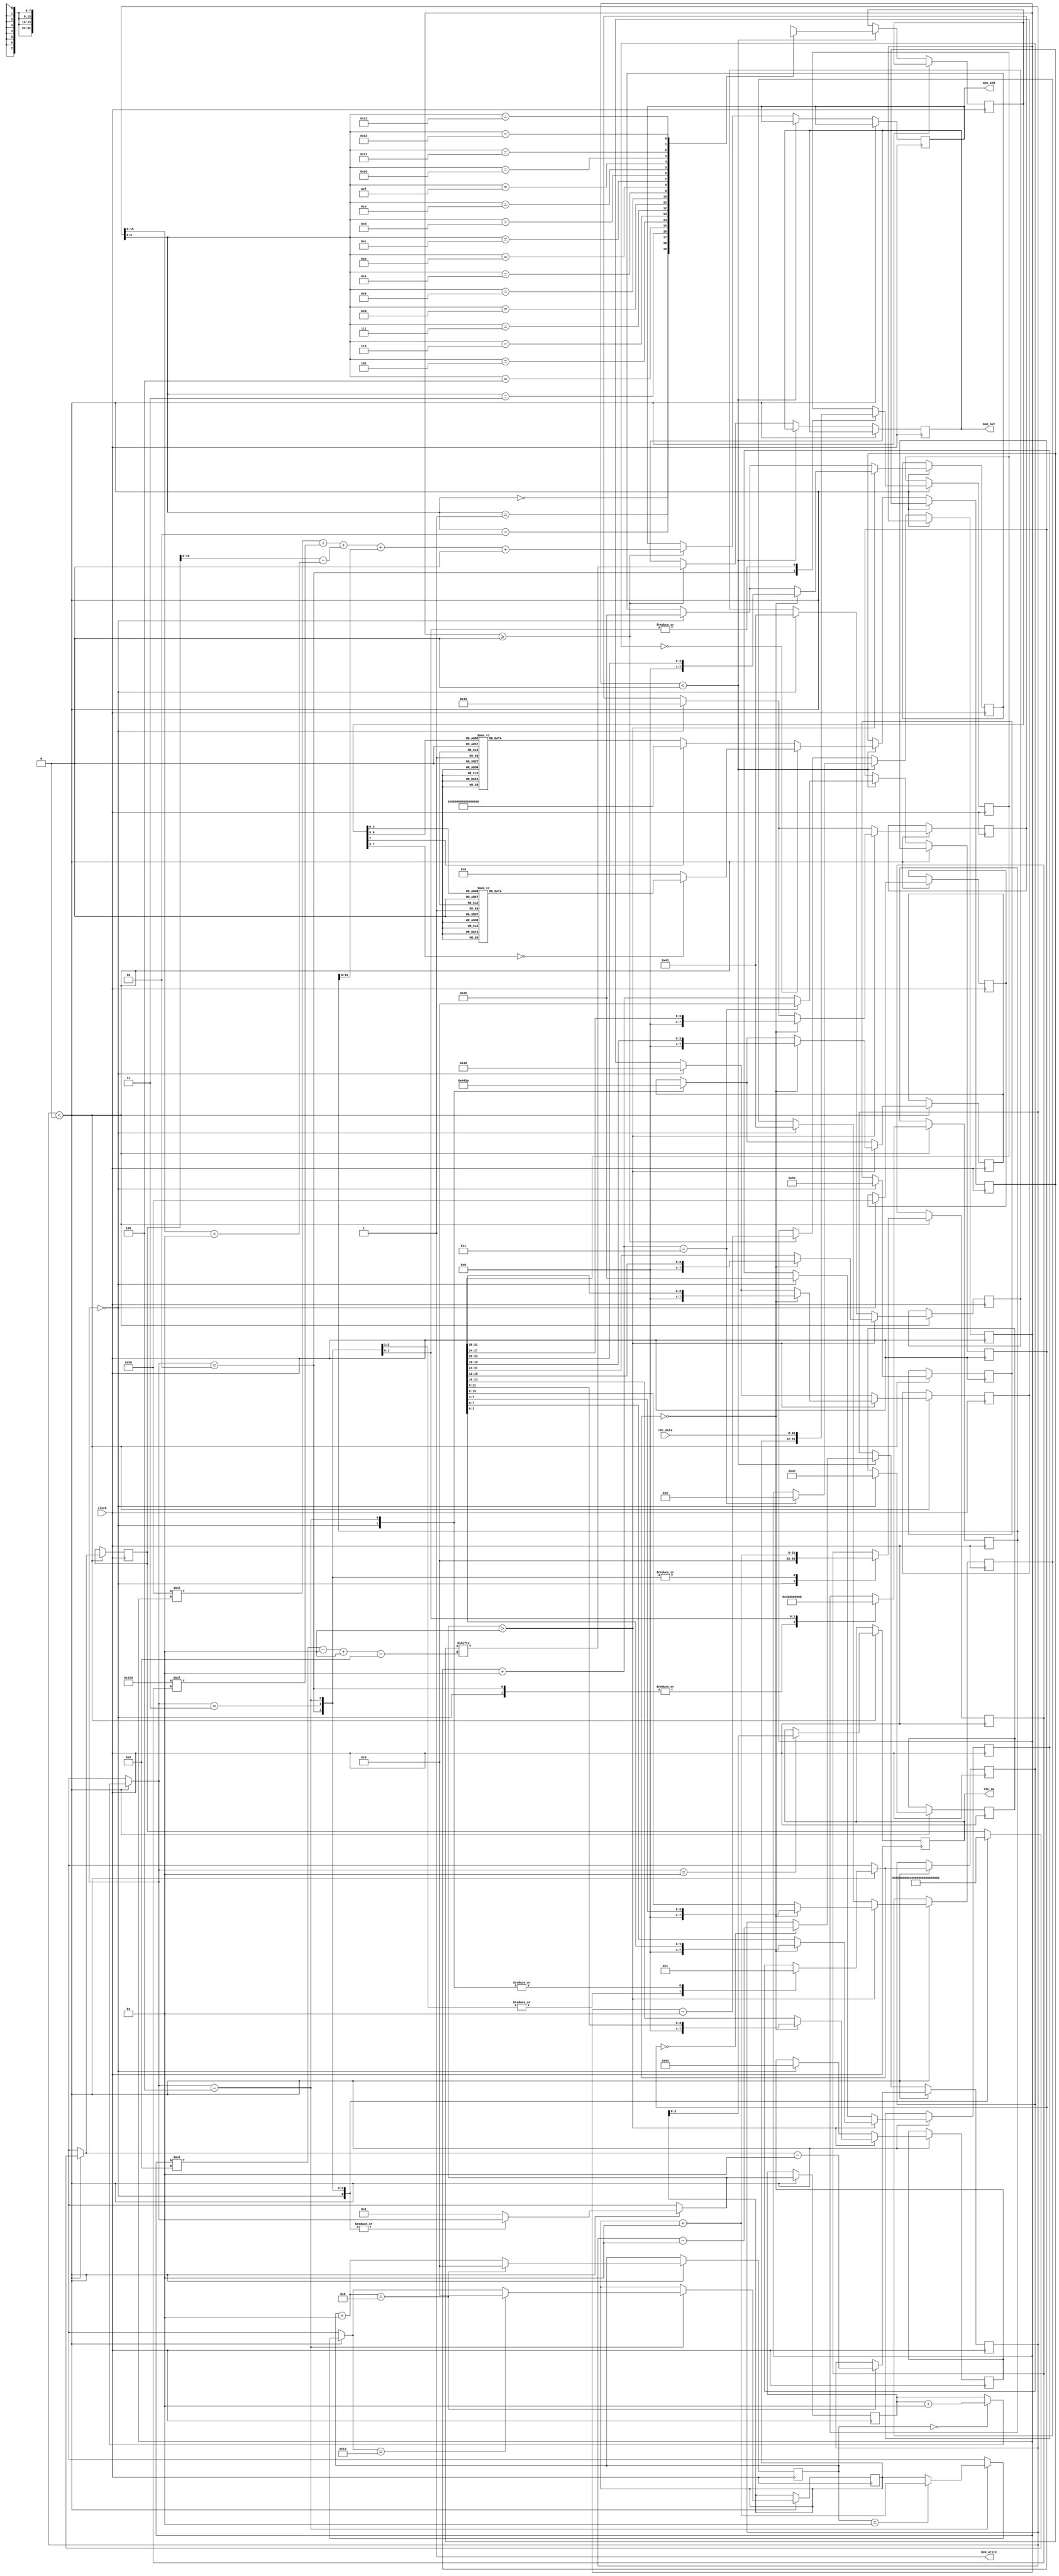
module char_engine(
	input wire clock,
	
	output reg [0:7] mem_out, //if everything is backwards, swap the bit order on this output and recompile!
	output reg [15:0] mem_add,
	output mem_write,
	
	input wire [31:0] rmc_data,
	output reg [3:0] rmc_sw);
	
	assign mem_write = 1;
	
	reg [7:0] hex_digit;
	reg [31:0] data;
	reg [7:0] hex_buffer[0:(MAX_STRING_LENGTH - 1)];
	reg [63:0] mem_buffer;
	
	parameter HORI_OFFSET = 0; //sets the horizontal offset of the memory renderer, only use if the top of the screen gets cut off.
	parameter NUM_LABEL_TASKS = 1; // This tells the code where to start tasks that require data manipulation, this must be set as you add more labels, debug tasks must be part of this number
	parameter MAX_STRING_LENGTH = 20; //Generally you do not need to modify this, but it will change the global maximum string length (default = 20)
	
	
	integer mode, data_index, reg_index, row, column, slice_delay, decode_delay, num_chars, k, x, y;
	
	//mode integer
	//mode = 0 use hex decoder
	//mode = 1 use ascii decoder
	
	initial begin
	slice_delay = 0; //initial values for the character renderer
	decode_delay = 0;
	x = 0;
	y = -1;
	data_index = -1;
	reg_index = 0;
	end
	
	always @(posedge clock) begin //semi-pipelined design, only executes one if statement per clock
				
		if (x < 0) begin //source and slice steps
			if (slice_delay == 0) data_index = data_index + 1;
			source_data();
			if (data_index > NUM_LABEL_TASKS) 
				
				if (mode == 0) hex_slice_data(); //slice data into properly sized chunks depending on data type
				else ascii_slice_data();

			slice_delay = slice_delay + 1;
			if (slice_delay == 2) begin
				x = num_chars - 1;
				slice_delay = 0;
			end
		end
		
		else if (y < 0) begin //decode steps
			hex_digit <= hex_buffer[x];
			if (decode_delay == 0) begin
				x = x - 1;
			end
			
			if (mode == 0) decode_hex(); //decode either hex or ascii
			else decode_ascii();
			
			decode_delay = decode_delay + 1;
			if (decode_delay == 3) begin
				y = 8;
				decode_delay = 0;
			end
		end
		
		else if (y >= 0) begin //this step writes to memory
			k = (y * 8) - 1;
			mem_add <= (80 * y) + (800 * row) + (num_chars - (x + 1)) + (column) + (HORI_OFFSET * 80); //this complicated formula tranlates information into a linear address
			mem_out <= mem_buffer[k -: 8];
			y = y - 1;
		end
	end
	
	task source_data; //This part of the module is the main task list for the renderer, it can be utilized in a variety of ways to render information.
							//this code requests the data from memory to be printed on screen
		if (data_index == NUM_LABEL_TASKS) rmc_sw <= reg_index;
		
		case (data_index)
		//in the case of text labels, the hex_buffer is set manually for each character, and the data is only written to memory once.
			
			0: begin //"GPRMC DATA" label
					hex_buffer[10] <= 8'h47;
					hex_buffer[9] <= 8'h50;
					hex_buffer[8] <= 8'h52;
					hex_buffer[7] <= 8'h4d;
					hex_buffer[6] <= 8'h43;
					hex_buffer[5] <= 8'h20;
					hex_buffer[4] <= 8'h44;
					hex_buffer[3] <= 8'h41;
					hex_buffer[2] <= 8'h54;
					hex_buffer[1] <= 8'h41;
					hex_buffer[0] <= 8'h20;
					
					mode = 1;
					row = 0;
					column = 0;
					num_chars = 11;
				end
								
			(NUM_LABEL_TASKS + 1): begin //rmc_mem indexes 00-15
					data <= reg_index;
					column = 0;
					row = reg_index + 1;
					num_chars = 2;
					mode = 0;
				end
			
			(NUM_LABEL_TASKS + 2): begin //rmc_memory data hex display
					data <= rmc_data; 
					column = 3;
					row = reg_index + 1;
					num_chars = 8;
					mode = 0;
				end
				
			(NUM_LABEL_TASKS + 3): begin //rmc_memory data ascii display
					data <= rmc_data; 
					column = 11;
					row = reg_index + 1;
					num_chars = 5;
					hex_buffer[4] <= 8'h3A;
					mode = 1;
					
					if (slice_delay == 1) reg_index = reg_index + 1;
					if (reg_index == 16) begin //this resets the register index variable to zero once it reaches 16
						reg_index = 0;
					end
				end
				
			default: data_index = NUM_LABEL_TASKS;
		endcase
	endtask
	
	task hex_slice_data; //I tried other ways of doing this, but the straightforward approach works better.
		hex_buffer[7] <= data[31:28];
		hex_buffer[6] <= data[27:24];
		hex_buffer[5] <= data[23:20];
		hex_buffer[4] <= data[19:16];
		hex_buffer[3] <= data[15:12];
		hex_buffer[2] <= data[11:8];
		hex_buffer[1] <= data[7:4];
		hex_buffer[0] <= data[3:0];
	endtask
	
	task ascii_slice_data; //I tried other ways of doing this, but the straightforward approach works better.
		hex_buffer[3] <= data[31:24];
		hex_buffer[2] <= data[23:16];
		hex_buffer[1] <= data[15:8];
		hex_buffer[0] <= data[7:0];
	endtask
	
	task decode_ascii;
		case (hex_digit)
			
			8'h20: begin //space
					mem_buffer[7:0] <=   8'b00000000;
					mem_buffer[15:8] <=  8'b00000000;
					mem_buffer[23:16] <= 8'b00000000;
					mem_buffer[31:24] <= 8'b00000000;
					mem_buffer[39:32] <= 8'b00000000;
					mem_buffer[47:40] <= 8'b00000000;
					mem_buffer[55:48] <= 8'b00000000;
					mem_buffer[63:56] <= 8'b00000000;
					end
					
			8'h21: begin //!
					mem_buffer[7:0] <=   8'b00000000;
					mem_buffer[15:8] <=  8'b00011000;
					mem_buffer[23:16] <= 8'b00011000;
					mem_buffer[31:24] <= 8'b00011000;
					mem_buffer[39:32] <= 8'b00000000;
					mem_buffer[47:40] <= 8'b00000000;
					mem_buffer[55:48] <= 8'b00011000;
					mem_buffer[63:56] <= 8'b00000000;
					end
			
			8'h22: begin //"
					mem_buffer[7:0] <=   8'b00000000;
					mem_buffer[15:8] <=  8'b01100110;
					mem_buffer[23:16] <= 8'b01100110;
					mem_buffer[31:24] <= 8'b00100010;
					mem_buffer[39:32] <= 8'b00000000;
					mem_buffer[47:40] <= 8'b00000000;
					mem_buffer[55:48] <= 8'b00000000;
					mem_buffer[63:56] <= 8'b00000000;
					end
			
			8'h23: begin //#
					mem_buffer[7:0] <=   8'b00000000;
					mem_buffer[15:8] <=  8'b00100100;
					mem_buffer[23:16] <= 8'b01111110;
					mem_buffer[31:24] <= 8'b00100100;
					mem_buffer[39:32] <= 8'b00100100;
					mem_buffer[47:40] <= 8'b01111110;
					mem_buffer[55:48] <= 8'b00100100;
					mem_buffer[63:56] <= 8'b00000000;
					end
					
			8'h24: begin //$
					mem_buffer[7:0] <=   8'b00011000;
					mem_buffer[15:8] <=  8'b00111100;
					mem_buffer[23:16] <= 8'b01000000;
					mem_buffer[31:24] <= 8'b00111100;
					mem_buffer[39:32] <= 8'b00000010;
					mem_buffer[47:40] <= 8'b00000010;
					mem_buffer[55:48] <= 8'b00111100;
					mem_buffer[63:56] <= 8'b00011000;
					end
					
			8'h25: begin //%
					mem_buffer[7:0] <=   8'b00000000;
					mem_buffer[15:8] <=  8'b01100010;
					mem_buffer[23:16] <= 8'b01100100;
					mem_buffer[31:24] <= 8'b00001000;
					mem_buffer[39:32] <= 8'b00010000;
					mem_buffer[47:40] <= 8'b00100110;
					mem_buffer[55:48] <= 8'b01000110;
					mem_buffer[63:56] <= 8'b00000000;
					end
					
			8'h2C: begin //,
					mem_buffer[7:0] <=   8'b00000000;
					mem_buffer[15:8] <=  8'b00000000;
					mem_buffer[23:16] <= 8'b00000000;
					mem_buffer[31:24] <= 8'b00000000;
					mem_buffer[39:32] <= 8'b00000000;
					mem_buffer[47:40] <= 8'b00110000;
					mem_buffer[55:48] <= 8'b01100000;
					mem_buffer[63:56] <= 8'b01000000;
					end
					
			8'h2E: begin //.
					mem_buffer[7:0] <=   8'b00000000;
					mem_buffer[15:8] <=  8'b00000000;
					mem_buffer[23:16] <= 8'b00000000;
					mem_buffer[31:24] <= 8'b00000000;
					mem_buffer[39:32] <= 8'b00000000;
					mem_buffer[47:40] <= 8'b00000000;
					mem_buffer[55:48] <= 8'b11000000;
					mem_buffer[63:56] <= 8'b11000000;
					end
		
			8'h30: begin //zero
					mem_buffer[7:0] <=   8'b00111100;
					mem_buffer[15:8] <=  8'b01000010;
					mem_buffer[23:16] <= 8'b01000010;
					mem_buffer[31:24] <= 8'b01000010;
					mem_buffer[39:32] <= 8'b01000010;
					mem_buffer[47:40] <= 8'b01000010;
					mem_buffer[55:48] <= 8'b01000010;
					mem_buffer[63:56] <= 8'b00111100;
					end
			
			8'h31: begin //one
					mem_buffer[7:0] <=   8'b00011000;
					mem_buffer[15:8] <=  8'b00111000;
					mem_buffer[23:16] <= 8'b01111000;
					mem_buffer[31:24] <= 8'b00011000;
					mem_buffer[39:32] <= 8'b00011000;
					mem_buffer[47:40] <= 8'b00011000;
					mem_buffer[55:48] <= 8'b00011000;
					mem_buffer[63:56] <= 8'b01111110;
					end
			
			8'h32: begin //two
					mem_buffer[7:0] <=   8'b00111100;
					mem_buffer[15:8] <=  8'b01100110;
					mem_buffer[23:16] <= 8'b01100110;
					mem_buffer[31:24] <= 8'b00001100;
					mem_buffer[39:32] <= 8'b00011000;
					mem_buffer[47:40] <= 8'b00110000;
					mem_buffer[55:48] <= 8'b01100000;
					mem_buffer[63:56] <= 8'b01111110;
					end
					
			8'h33: begin //three
					mem_buffer[7:0] <=   8'b01111100;
					mem_buffer[15:8] <=  8'b00000110;
					mem_buffer[23:16] <= 8'b00000110;
					mem_buffer[31:24] <= 8'b01111100;
					mem_buffer[39:32] <= 8'b00000110;
					mem_buffer[47:40] <= 8'b00000110;
					mem_buffer[55:48] <= 8'b00000110;
					mem_buffer[63:56] <= 8'b01111100;
					end
				
			8'h34: begin //four
					mem_buffer[7:0] <=   8'b00001110;
					mem_buffer[15:8] <=  8'b00010110;
					mem_buffer[23:16] <= 8'b00100110;
					mem_buffer[31:24] <= 8'b01000110;
					mem_buffer[39:32] <= 8'b01000110;
					mem_buffer[47:40] <= 8'b01111110;
					mem_buffer[55:48] <= 8'b00000110;
					mem_buffer[63:56] <= 8'b00000110;
					end
					
			8'h35: begin //five
					mem_buffer[7:0] <=   8'b01111110;
					mem_buffer[15:8] <=  8'b01100000;
					mem_buffer[23:16] <= 8'b01100000;
					mem_buffer[31:24] <= 8'b01111000;
					mem_buffer[39:32] <= 8'b00001100;
					mem_buffer[47:40] <= 8'b00000110;
					mem_buffer[55:48] <= 8'b00001100;
					mem_buffer[63:56] <= 8'b01111000;
					end
					
			8'h36: begin //six
					mem_buffer[7:0] <=   8'b00111100;
					mem_buffer[15:8] <=  8'b01000000;
					mem_buffer[23:16] <= 8'b01000000;
					mem_buffer[31:24] <= 8'b01111100;
					mem_buffer[39:32] <= 8'b01000010;
					mem_buffer[47:40] <= 8'b01000010;
					mem_buffer[55:48] <= 8'b01000010;
					mem_buffer[63:56] <= 8'b00111100;
					end
					
			8'h37: begin //seven
					mem_buffer[7:0] <=   8'b01111110;
					mem_buffer[15:8] <=  8'b00000110;
					mem_buffer[23:16] <= 8'b00000110;
					mem_buffer[31:24] <= 8'b00000110;
					mem_buffer[39:32] <= 8'b00001100;
					mem_buffer[47:40] <= 8'b00011000;
					mem_buffer[55:48] <= 8'b00110000;
					mem_buffer[63:56] <= 8'b01100000;
					end
					
			8'h38: begin //eight
					mem_buffer[7:0] <=   8'b00111100;
					mem_buffer[15:8] <=  8'b01000010;
					mem_buffer[23:16] <= 8'b01000010;
					mem_buffer[31:24] <= 8'b00111100;
					mem_buffer[39:32] <= 8'b01000010;
					mem_buffer[47:40] <= 8'b01000010;
					mem_buffer[55:48] <= 8'b01000010;
					mem_buffer[63:56] <= 8'b00111100;
					end
					
			8'h39: begin //nine
					mem_buffer[7:0] <=   8'b00111100;
					mem_buffer[15:8] <=  8'b01000110;
					mem_buffer[23:16] <= 8'b01000110;
					mem_buffer[31:24] <= 8'b01000110;
					mem_buffer[39:32] <= 8'b00111110;
					mem_buffer[47:40] <= 8'b00000110;
					mem_buffer[55:48] <= 8'b00000110;
					mem_buffer[63:56] <= 8'b00000110;
					end
					
			8'h3A: begin //:
					mem_buffer[7:0] <=   8'b00000000;
					mem_buffer[15:8] <=  8'b00011000;
					mem_buffer[23:16] <= 8'b00011000;
					mem_buffer[31:24] <= 8'b00000000;
					mem_buffer[39:32] <= 8'b00000000;
					mem_buffer[47:40] <= 8'b00011000;
					mem_buffer[55:48] <= 8'b00011000;
					mem_buffer[63:56] <= 8'b00000000;
					end
					
			8'h41: begin //A
					mem_buffer[7:0] <=   8'b00111100;
					mem_buffer[15:8] <=  8'b01000010;
					mem_buffer[23:16] <= 8'b01000010;
					mem_buffer[31:24] <= 8'b01000010;
					mem_buffer[39:32] <= 8'b01111110;
					mem_buffer[47:40] <= 8'b01000010;
					mem_buffer[55:48] <= 8'b01000010;
					mem_buffer[63:56] <= 8'b01000010;
					end
					
			8'h42: begin //B
					mem_buffer[7:0] <=   8'b01111100;
					mem_buffer[15:8] <=  8'b01000010;
					mem_buffer[23:16] <= 8'b01000110;
					mem_buffer[31:24] <= 8'b01111100;
					mem_buffer[39:32] <= 8'b01000110;
					mem_buffer[47:40] <= 8'b01000010;
					mem_buffer[55:48] <= 8'b01000010;
					mem_buffer[63:56] <= 8'b01111100;
					end
					
			8'h43: begin //C
					mem_buffer[7:0] <=   8'b00111110;
					mem_buffer[15:8] <=  8'b01100000;
					mem_buffer[23:16] <= 8'b01100000;
					mem_buffer[31:24] <= 8'b01100000;
					mem_buffer[39:32] <= 8'b01100000;
					mem_buffer[47:40] <= 8'b01100000;
					mem_buffer[55:48] <= 8'b01100000;
					mem_buffer[63:56] <= 8'b00111110;
					end
					
			8'h44: begin //D
					mem_buffer[7:0] <=   8'b01111100;
					mem_buffer[15:8] <=  8'b01100010;
					mem_buffer[23:16] <= 8'b01100010;
					mem_buffer[31:24] <= 8'b01100010;
					mem_buffer[39:32] <= 8'b01100010;
					mem_buffer[47:40] <= 8'b01100010;
					mem_buffer[55:48] <= 8'b01100010;
					mem_buffer[63:56] <= 8'b01111100;
					end
					
			8'h45: begin //E
					mem_buffer[7:0] <=   8'b00111110;
					mem_buffer[15:8] <=  8'b01100000;
					mem_buffer[23:16] <= 8'b01100000;
					mem_buffer[31:24] <= 8'b01111110;
					mem_buffer[39:32] <= 8'b01100000;
					mem_buffer[47:40] <= 8'b01100000;
					mem_buffer[55:48] <= 8'b01100000;
					mem_buffer[63:56] <= 8'b00111110;
					end
					
			8'h46: begin //F
					mem_buffer[7:0] <=   8'b01111110;
					mem_buffer[15:8] <=  8'b01100000;
					mem_buffer[23:16] <= 8'b01100000;
					mem_buffer[31:24] <= 8'b01111110;
					mem_buffer[39:32] <= 8'b01100000;
					mem_buffer[47:40] <= 8'b01100000;
					mem_buffer[55:48] <= 8'b01100000;
					mem_buffer[63:56] <= 8'b01100000;
					end
				
			8'h47: begin //G
					mem_buffer[7:0] <=   8'b00111100;
					mem_buffer[15:8] <=  8'b01100000;
					mem_buffer[23:16] <= 8'b01100000;
					mem_buffer[31:24] <= 8'b01101110;
					mem_buffer[39:32] <= 8'b01100110;
					mem_buffer[47:40] <= 8'b01100110;
					mem_buffer[55:48] <= 8'b01100110;
					mem_buffer[63:56] <= 8'b00111100;
					end
					
			8'h48: begin //H
					mem_buffer[7:0] <=   8'b01100110;
					mem_buffer[15:8] <=  8'b01100110;
					mem_buffer[23:16] <= 8'b01100110;
					mem_buffer[31:24] <= 8'b01111110;
					mem_buffer[39:32] <= 8'b01100110;
					mem_buffer[47:40] <= 8'b01100110;
					mem_buffer[55:48] <= 8'b01100110;
					mem_buffer[63:56] <= 8'b01100110;
					end
					
			8'h49: begin //I
					mem_buffer[7:0] <=   8'b01111110;
					mem_buffer[15:8] <=  8'b00011000;
					mem_buffer[23:16] <= 8'b00011000;
					mem_buffer[31:24] <= 8'b00011000;
					mem_buffer[39:32] <= 8'b00011000;
					mem_buffer[47:40] <= 8'b00011000;
					mem_buffer[55:48] <= 8'b00011000;
					mem_buffer[63:56] <= 8'b01111110;
					end
					
			8'h4A: begin //J
					mem_buffer[7:0] <=   8'b01111110;
					mem_buffer[15:8] <=  8'b00000110;
					mem_buffer[23:16] <= 8'b00000110;
					mem_buffer[31:24] <= 8'b00000110;
					mem_buffer[39:32] <= 8'b00000110;
					mem_buffer[47:40] <= 8'b00000110;
					mem_buffer[55:48] <= 8'b01100110;
					mem_buffer[63:56] <= 8'b00111100;
					end
					
			8'h4B: begin //K
					mem_buffer[7:0] <=   8'b01100110;
					mem_buffer[15:8] <=  8'b01100110;
					mem_buffer[23:16] <= 8'b01101100;
					mem_buffer[31:24] <= 8'b01110000;
					mem_buffer[39:32] <= 8'b01110000;
					mem_buffer[47:40] <= 8'b01101100;
					mem_buffer[55:48] <= 8'b01100110;
					mem_buffer[63:56] <= 8'b01100110;
					end
					
			8'h4C: begin //I
					mem_buffer[7:0] <=   8'b01100000;
					mem_buffer[15:8] <=  8'b01100000;
					mem_buffer[23:16] <= 8'b01100000;
					mem_buffer[31:24] <= 8'b01100000;
					mem_buffer[39:32] <= 8'b01100000;
					mem_buffer[47:40] <= 8'b01100000;
					mem_buffer[55:48] <= 8'b01100000;
					mem_buffer[63:56] <= 8'b01111110;
					end
					
			8'h4D: begin //M
					mem_buffer[7:0] <=   8'b01000010;
					mem_buffer[15:8] <=  8'b01100110;
					mem_buffer[23:16] <= 8'b01011010;
					mem_buffer[31:24] <= 8'b01011010;
					mem_buffer[39:32] <= 8'b01000010;
					mem_buffer[47:40] <= 8'b01000010;
					mem_buffer[55:48] <= 8'b01000010;
					mem_buffer[63:56] <= 8'b01000010;
					end
					
			8'h4E: begin //N
					mem_buffer[7:0] <=   8'b01000010;
					mem_buffer[15:8] <=  8'b01000010;
					mem_buffer[23:16] <= 8'b01100010;
					mem_buffer[31:24] <= 8'b01010010;
					mem_buffer[39:32] <= 8'b01001010;
					mem_buffer[47:40] <= 8'b01000110;
					mem_buffer[55:48] <= 8'b01000010;
					mem_buffer[63:56] <= 8'b01000010;
					end
					
			8'h4F: begin //O
					mem_buffer[7:0] <=   8'b00111100;
					mem_buffer[15:8] <=  8'b01000010;
					mem_buffer[23:16] <= 8'b01000010;
					mem_buffer[31:24] <= 8'b01000010;
					mem_buffer[39:32] <= 8'b01000010;
					mem_buffer[47:40] <= 8'b01000010;
					mem_buffer[55:48] <= 8'b01000010;
					mem_buffer[63:56] <= 8'b00111100;
					end
					
			8'h50: begin //P
					mem_buffer[7:0] <=   8'b01111100;
					mem_buffer[15:8] <=  8'b01000010;
					mem_buffer[23:16] <= 8'b01000010;
					mem_buffer[31:24] <= 8'b01000010;
					mem_buffer[39:32] <= 8'b01111100;
					mem_buffer[47:40] <= 8'b01100000;
					mem_buffer[55:48] <= 8'b01100000;
					mem_buffer[63:56] <= 8'b01100000;
					end
					
			8'h51: begin //Q
					mem_buffer[7:0] <=   8'b00111100;
					mem_buffer[15:8] <=  8'b01000010;
					mem_buffer[23:16] <= 8'b01000010;
					mem_buffer[31:24] <= 8'b01000010;
					mem_buffer[39:32] <= 8'b01000010;
					mem_buffer[47:40] <= 8'b01000010;
					mem_buffer[55:48] <= 8'b01000100;
					mem_buffer[63:56] <= 8'b00111010;
					end
					
			8'h52: begin //R
					mem_buffer[7:0] <=   8'b00111100;
					mem_buffer[15:8] <=  8'b01000010;
					mem_buffer[23:16] <= 8'b01000010;
					mem_buffer[31:24] <= 8'b01000010;
					mem_buffer[39:32] <= 8'b01111100;
					mem_buffer[47:40] <= 8'b01011000;
					mem_buffer[55:48] <= 8'b01001100;
					mem_buffer[63:56] <= 8'b01000110;
					end
					
			8'h53: begin //S
					mem_buffer[7:0] <=   8'b00111100;
					mem_buffer[15:8] <=  8'b01000000;
					mem_buffer[23:16] <= 8'b01000000;
					mem_buffer[31:24] <= 8'b00111100;
					mem_buffer[39:32] <= 8'b00000010;
					mem_buffer[47:40] <= 8'b00000010;
					mem_buffer[55:48] <= 8'b00000010;
					mem_buffer[63:56] <= 8'b00111100;
					end
					
			8'h54: begin //T
					mem_buffer[7:0] <=   8'b01111110;
					mem_buffer[15:8] <=  8'b00011000;
					mem_buffer[23:16] <= 8'b00011000;
					mem_buffer[31:24] <= 8'b00011000;
					mem_buffer[39:32] <= 8'b00011000;
					mem_buffer[47:40] <= 8'b00011000;
					mem_buffer[55:48] <= 8'b00011000;
					mem_buffer[63:56] <= 8'b00011000;
					end
					
			8'h55: begin //U
					mem_buffer[7:0] <=   8'b01000010;
					mem_buffer[15:8] <=  8'b01000010;
					mem_buffer[23:16] <= 8'b01000010;
					mem_buffer[31:24] <= 8'b01000010;
					mem_buffer[39:32] <= 8'b01000010;
					mem_buffer[47:40] <= 8'b01000010;
					mem_buffer[55:48] <= 8'b01000010;
					mem_buffer[63:56] <= 8'b00111100;
					end
					
			8'h56: begin //V
					mem_buffer[7:0] <=   8'b01000010;
					mem_buffer[15:8] <=  8'b01000010;
					mem_buffer[23:16] <= 8'b01000010;
					mem_buffer[31:24] <= 8'b01000010;
					mem_buffer[39:32] <= 8'b01000010;
					mem_buffer[47:40] <= 8'b01000010;
					mem_buffer[55:48] <= 8'b00100100;
					mem_buffer[63:56] <= 8'b00011000;
					end
					
			8'h57: begin //W
					mem_buffer[7:0] <=   8'b01000010;
					mem_buffer[15:8] <=  8'b01000010;
					mem_buffer[23:16] <= 8'b01000010;
					mem_buffer[31:24] <= 8'b01000010;
					mem_buffer[39:32] <= 8'b01011010;
					mem_buffer[47:40] <= 8'b01011010;
					mem_buffer[55:48] <= 8'b01100110;
					mem_buffer[63:56] <= 8'b01000010;
					end
					
			8'h58: begin //X
					mem_buffer[7:0] <=   8'b01000010;
					mem_buffer[15:8] <=  8'b01000010;
					mem_buffer[23:16] <= 8'b00100100;
					mem_buffer[31:24] <= 8'b00011000;
					mem_buffer[39:32] <= 8'b00011000;
					mem_buffer[47:40] <= 8'b00100100;
					mem_buffer[55:48] <= 8'b01000010;
					mem_buffer[63:56] <= 8'b01000010;
					end
					
			8'h59: begin //Y
					mem_buffer[7:0] <=   8'b01000010;
					mem_buffer[15:8] <=  8'b01000010;
					mem_buffer[23:16] <= 8'b01000010;
					mem_buffer[31:24] <= 8'b00100100;
					mem_buffer[39:32] <= 8'b00011000;
					mem_buffer[47:40] <= 8'b00011000;
					mem_buffer[55:48] <= 8'b00011000;
					mem_buffer[63:56] <= 8'b00011000;
					end
					
			8'h5A: begin //Z
					mem_buffer[7:0] <=   8'b01111110;
					mem_buffer[15:8] <=  8'b00000110;
					mem_buffer[23:16] <= 8'b00000110;
					mem_buffer[31:24] <= 8'b00001100;
					mem_buffer[39:32] <= 8'b00110000;
					mem_buffer[47:40] <= 8'b01100000;
					mem_buffer[55:48] <= 8'b01100000;
					mem_buffer[63:56] <= 8'b01111110;
					end
					
			default: mem_buffer <= 63'hffffffffffffffff;
		endcase
	endtask

task decode_hex;
		case (hex_digit)	
		
			6'h00: begin //zero
					mem_buffer[7:0] <=   8'b00111100;
					mem_buffer[15:8] <=  8'b01000010;
					mem_buffer[23:16] <= 8'b01000010;
					mem_buffer[31:24] <= 8'b01000010;
					mem_buffer[39:32] <= 8'b01000010;
					mem_buffer[47:40] <= 8'b01000010;
					mem_buffer[55:48] <= 8'b01000010;
					mem_buffer[63:56] <= 8'b00111100;
					end
			
			6'h01: begin //one
					mem_buffer[7:0] <=   8'b00011000;
					mem_buffer[15:8] <=  8'b00111000;
					mem_buffer[23:16] <= 8'b01111000;
					mem_buffer[31:24] <= 8'b00011000;
					mem_buffer[39:32] <= 8'b00011000;
					mem_buffer[47:40] <= 8'b00011000;
					mem_buffer[55:48] <= 8'b00011000;
					mem_buffer[63:56] <= 8'b01111110;
					end
			
			6'h02: begin //two
					mem_buffer[7:0] <=   8'b00111100;
					mem_buffer[15:8] <=  8'b01100110;
					mem_buffer[23:16] <= 8'b01100110;
					mem_buffer[31:24] <= 8'b00001100;
					mem_buffer[39:32] <= 8'b00011000;
					mem_buffer[47:40] <= 8'b00110000;
					mem_buffer[55:48] <= 8'b01100000;
					mem_buffer[63:56] <= 8'b01111110;
					end
					
			6'h03: begin //three
					mem_buffer[7:0] <=   8'b01111100;
					mem_buffer[15:8] <=  8'b00000110;
					mem_buffer[23:16] <= 8'b00000110;
					mem_buffer[31:24] <= 8'b01111100;
					mem_buffer[39:32] <= 8'b00000110;
					mem_buffer[47:40] <= 8'b00000110;
					mem_buffer[55:48] <= 8'b00000110;
					mem_buffer[63:56] <= 8'b01111100;
					end
				
			6'h04: begin //four
					mem_buffer[7:0] <=   8'b00001110;
					mem_buffer[15:8] <=  8'b00010110;
					mem_buffer[23:16] <= 8'b00100110;
					mem_buffer[31:24] <= 8'b01000110;
					mem_buffer[39:32] <= 8'b01000110;
					mem_buffer[47:40] <= 8'b01111110;
					mem_buffer[55:48] <= 8'b00000110;
					mem_buffer[63:56] <= 8'b00000110;
					end
					
			6'h05: begin //five
					mem_buffer[7:0] <=   8'b01111110;
					mem_buffer[15:8] <=  8'b01100000;
					mem_buffer[23:16] <= 8'b01100000;
					mem_buffer[31:24] <= 8'b01111000;
					mem_buffer[39:32] <= 8'b00001100;
					mem_buffer[47:40] <= 8'b00000110;
					mem_buffer[55:48] <= 8'b00001100;
					mem_buffer[63:56] <= 8'b01111000;
					end
					
			6'h06: begin //six
					mem_buffer[7:0] <=   8'b00111100;
					mem_buffer[15:8] <=  8'b01000000;
					mem_buffer[23:16] <= 8'b01000000;
					mem_buffer[31:24] <= 8'b01111100;
					mem_buffer[39:32] <= 8'b01000010;
					mem_buffer[47:40] <= 8'b01000010;
					mem_buffer[55:48] <= 8'b01000010;
					mem_buffer[63:56] <= 8'b00111100;
					end
					
			6'h07: begin //seven
					mem_buffer[7:0] <=   8'b01111110;
					mem_buffer[15:8] <=  8'b00000110;
					mem_buffer[23:16] <= 8'b00000110;
					mem_buffer[31:24] <= 8'b00000110;
					mem_buffer[39:32] <= 8'b00001100;
					mem_buffer[47:40] <= 8'b00011000;
					mem_buffer[55:48] <= 8'b00110000;
					mem_buffer[63:56] <= 8'b01100000;
					end
					
			6'h08: begin //eight
					mem_buffer[7:0] <=   8'b00111100;
					mem_buffer[15:8] <=  8'b01000010;
					mem_buffer[23:16] <= 8'b01000010;
					mem_buffer[31:24] <= 8'b00111100;
					mem_buffer[39:32] <= 8'b01000010;
					mem_buffer[47:40] <= 8'b01000010;
					mem_buffer[55:48] <= 8'b01000010;
					mem_buffer[63:56] <= 8'b00111100;
					end
					
			6'h09: begin //nine
					mem_buffer[7:0] <=   8'b00111100;
					mem_buffer[15:8] <=  8'b01000110;
					mem_buffer[23:16] <= 8'b01000110;
					mem_buffer[31:24] <= 8'b01000110;
					mem_buffer[39:32] <= 8'b00111110;
					mem_buffer[47:40] <= 8'b00000110;
					mem_buffer[55:48] <= 8'b00000110;
					mem_buffer[63:56] <= 8'b00000110;
					end
					
			6'h0A: begin //A
					mem_buffer[7:0] <=   8'b00111100;
					mem_buffer[15:8] <=  8'b01000010;
					mem_buffer[23:16] <= 8'b01000010;
					mem_buffer[31:24] <= 8'b01000010;
					mem_buffer[39:32] <= 8'b01111110;
					mem_buffer[47:40] <= 8'b01000010;
					mem_buffer[55:48] <= 8'b01000010;
					mem_buffer[63:56] <= 8'b01000010;
					end
					
			6'h0B: begin //B
					mem_buffer[7:0] <=   8'b01111100;
					mem_buffer[15:8] <=  8'b01000010;
					mem_buffer[23:16] <= 8'b01000110;
					mem_buffer[31:24] <= 8'b01111100;
					mem_buffer[39:32] <= 8'b01000110;
					mem_buffer[47:40] <= 8'b01000010;
					mem_buffer[55:48] <= 8'b01000010;
					mem_buffer[63:56] <= 8'b01111100;
					end
					
			6'h0C: begin //C
					mem_buffer[7:0] <=   8'b00111110;
					mem_buffer[15:8] <=  8'b01100000;
					mem_buffer[23:16] <= 8'b01100000;
					mem_buffer[31:24] <= 8'b01100000;
					mem_buffer[39:32] <= 8'b01100000;
					mem_buffer[47:40] <= 8'b01100000;
					mem_buffer[55:48] <= 8'b01100000;
					mem_buffer[63:56] <= 8'b00111110;
					end
					
			6'h0D: begin //D
					mem_buffer[7:0] <=   8'b01111100;
					mem_buffer[15:8] <=  8'b01100010;
					mem_buffer[23:16] <= 8'b01100010;
					mem_buffer[31:24] <= 8'b01100010;
					mem_buffer[39:32] <= 8'b01100010;
					mem_buffer[47:40] <= 8'b01100010;
					mem_buffer[55:48] <= 8'b01100010;
					mem_buffer[63:56] <= 8'b01111100;
					end
					
			6'h0E: begin //E
					mem_buffer[7:0] <=   8'b00111110;
					mem_buffer[15:8] <=  8'b01100000;
					mem_buffer[23:16] <= 8'b01100000;
					mem_buffer[31:24] <= 8'b01111110;
					mem_buffer[39:32] <= 8'b01100000;
					mem_buffer[47:40] <= 8'b01100000;
					mem_buffer[55:48] <= 8'b01100000;
					mem_buffer[63:56] <= 8'b00111110;
					end
					
			6'h0F: begin //F
					mem_buffer[7:0] <=   8'b01111110;
					mem_buffer[15:8] <=  8'b01100000;
					mem_buffer[23:16] <= 8'b01100000;
					mem_buffer[31:24] <= 8'b01111110;
					mem_buffer[39:32] <= 8'b01100000;
					mem_buffer[47:40] <= 8'b01100000;
					mem_buffer[55:48] <= 8'b01100000;
					mem_buffer[63:56] <= 8'b01100000;
					end
			default: mem_buffer <= 63'h0000000000000000;
		endcase
	endtask
endmodule